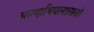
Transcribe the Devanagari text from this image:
आत्माभिधानप्रसक्तौ